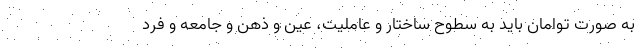
به صورت توامان باید به سطوح ساختار و عاملیت، عین و ذهن و جامعه و فرد